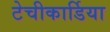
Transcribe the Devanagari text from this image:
टेचीकार्डिया